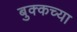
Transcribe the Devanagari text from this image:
बुक्कच्या